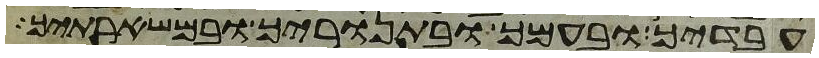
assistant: עבדיך ובעמך ובתנוריך ובמשארתיך